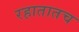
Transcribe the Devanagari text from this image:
रहातातच